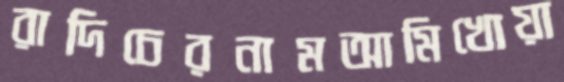
রাদিচেরনামআমিখোয়া